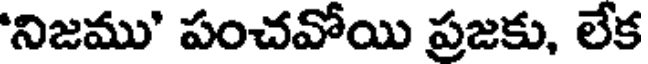
'నిజము' పంచవోయి ప్రజకు, లేక